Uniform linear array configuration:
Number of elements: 8
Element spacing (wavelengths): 0.75
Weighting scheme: hann
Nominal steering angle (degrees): -15
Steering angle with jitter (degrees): -14.244
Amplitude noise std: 0.05
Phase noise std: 0.05

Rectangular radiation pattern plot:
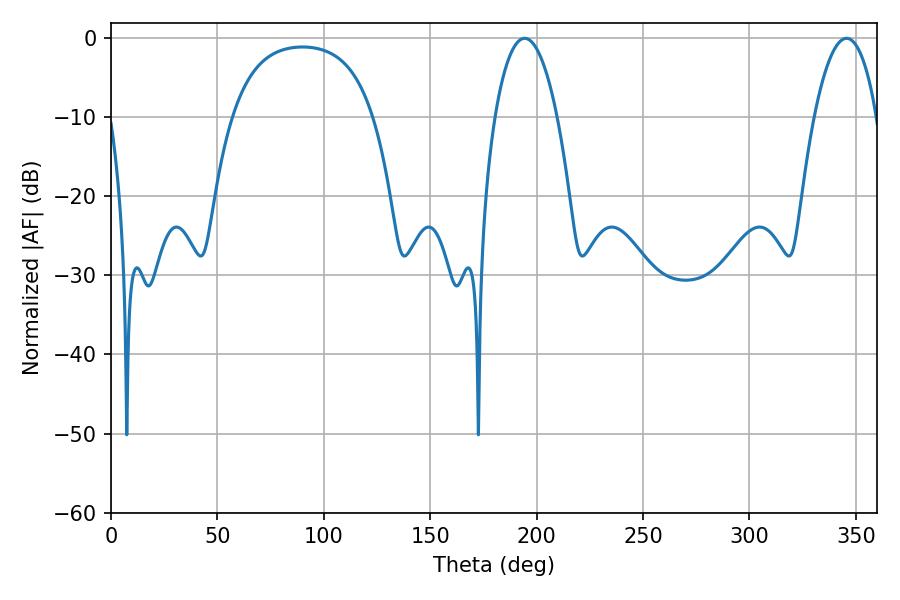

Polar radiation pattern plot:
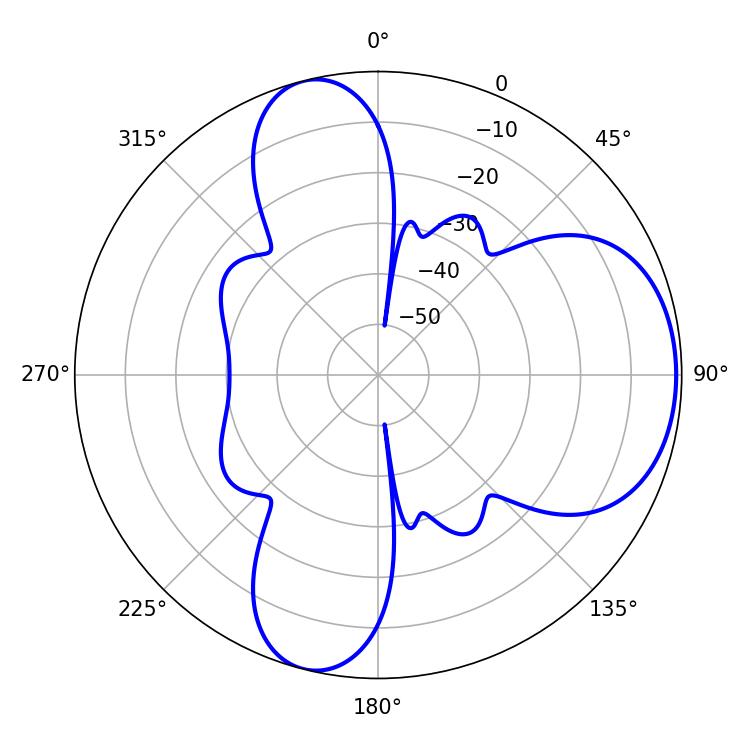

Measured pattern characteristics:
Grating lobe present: TRUE
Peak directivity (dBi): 6.661
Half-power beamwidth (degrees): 16.38
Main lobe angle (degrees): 194.4